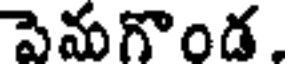
పెనుగొండ.